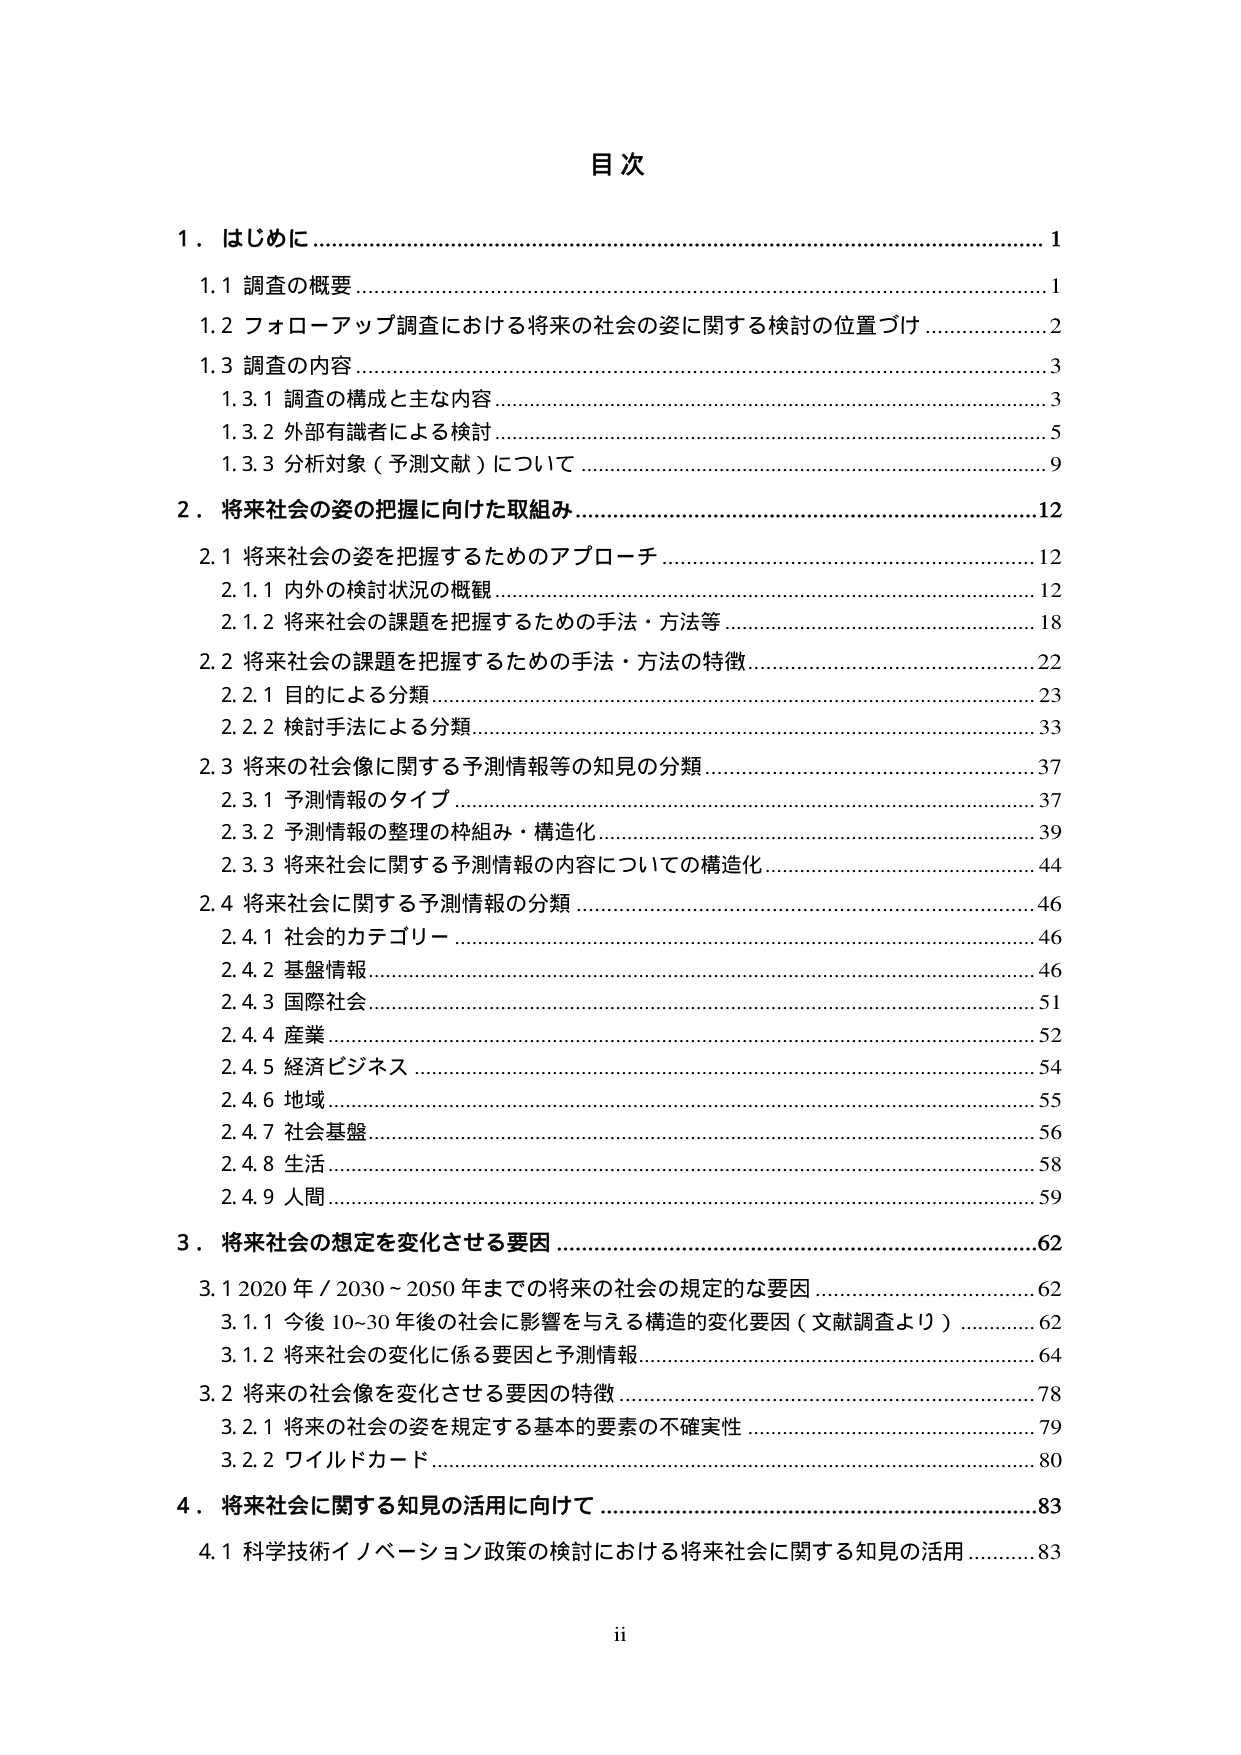
目次

1．はじめに…………………………………………………………………………………1
　1.1 調査の概要……………………………………………………………………………1
　1.2 フォローアップ調査における将来の社会の姿に関する検討の位置づけ ……………2
　1.3 調査の内容……………………………………………………………………………3
　　1.3.1 調査の構成と主な内容……………………………………………………………3
　　1.3.2 外部有識者による検討……………………………………………………………5
　　1.3.3 分析対象（予測文献）について…………………………………………………9

2．将来社会の姿の把握に向けた取組み…………………………………………………12
　2.1 将来社会の姿を把握するためのアプローチ………………………………………12
　　2.1.1 内外の検討状況の概観…………………………………………………………12
　　2.1.2 将来社会の課題を把握するための手法・方法等……………………………18
　2.2 将来社会の課題を把握するための手法・方法の特徴……………………………22
　　2.2.1 目的による分類…………………………………………………………………23
　　2.2.2 検討手法による分類……………………………………………………………33
　2.3 将来の社会像に関する予測情報等の知見の分類…………………………………37
　　2.3.1 予測情報のタイプ………………………………………………………………37
　　2.3.2 予測情報の整理の枠組み・構造化……………………………………………39
　　2.3.3 将来社会に関する予測情報の内容についての構造化………………………44
　2.4 将来社会に関する予測情報の分類…………………………………………………46
　　2.4.1 社会的カテゴリー………………………………………………………………46
　　2.4.2 基盤情報…………………………………………………………………………46
　　2.4.3 国際社会…………………………………………………………………………51
　　2.4.4 産業………………………………………………………………………………52
　　2.4.5 経済ビジネス……………………………………………………………………54
　　2.4.6 地域………………………………………………………………………………55
　　2.4.7 社会基盤…………………………………………………………………………56
　　2.4.8 生活………………………………………………………………………………58
　　2.4.9 人間………………………………………………………………………………59

3．将来社会の想定を変化させる要因…………………………………………………62
　3.1 2020年／2030～2050年までの将来の社会の規定的な要因………………………62
　　3.1.1 今後10～30年後の社会に影響を与える構造的变化要因（文献調査より）…62
　　3.1.2 将来社会の変化に係る要因と予測情報………………………………………64
　3.2 将来の社会像を変化させる要因の特徴…………………………………………78
　　3.2.1 将来の社会の姿を規定する基本的要素の不確実性…………………………79
　　3.2.2 ワイルドカード…………………………………………………………………80

4．将来社会に関する知見の活用に向けて……………………………………………83
　4.1 科学技術イノベーション政策の検討における将来社会に関する知見の活用……83

ii